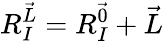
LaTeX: R_{I}^{\vec{L}}=R_{I}^{\vec{0}}+\vec{L}